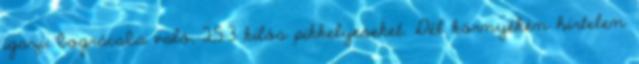
igazi, bográcsba való, 2,5-3 kilós pikkelyeseket. Dél környékén hirtelen